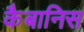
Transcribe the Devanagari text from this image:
कैबानिस